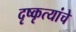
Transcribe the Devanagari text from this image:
दृष्कृत्यांचे